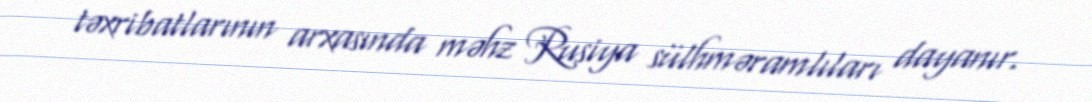
təxribatlarının arxasında məhz Rusiya sülhməramlıları dayanır.